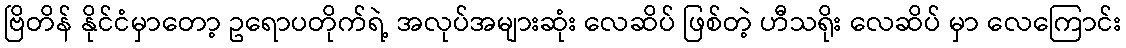
ဗြိတိန် နိုင်ငံမှာတော့ ဥရောပတိုက်ရဲ့ အလုပ်အများဆုံး လေဆိပ် ဖြစ်တဲ့ ဟီသရိုး လေဆိပ် မှာ လေကြောင်း